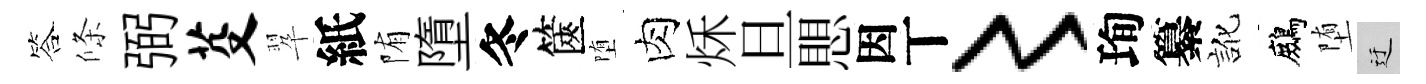
答條弼芟翆紙陏墮冬篋堕肉秌旦愳因丅〻珣纂訛鷓堕迂